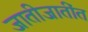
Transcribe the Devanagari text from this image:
जातीजातींत